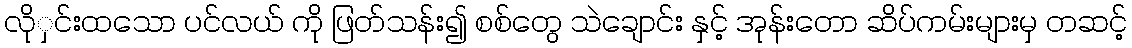
လိုှင်းထသော ပင်လယ် ကို ဖြတ်သန်း၍ စစ်တွေ သဲချောင်း နှင့် အုန်းတော ဆိပ်ကမ်းများမှ တဆင့်